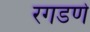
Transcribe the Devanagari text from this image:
रगडणे